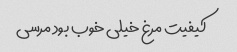
کیفیت مرغ خیلی خوب بود مرسی